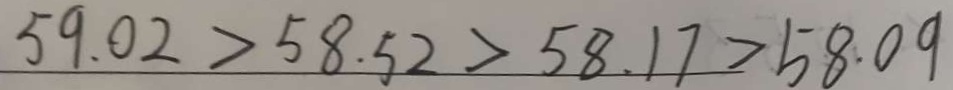
5 9 . 0 2 > 5 8 . 5 2 > 5 8 . 1 7 > 5 8 . 0 9